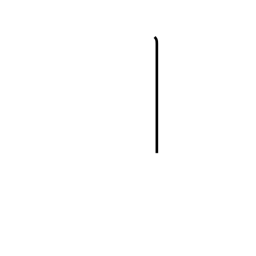
Meaning: rod radical (no. 2)